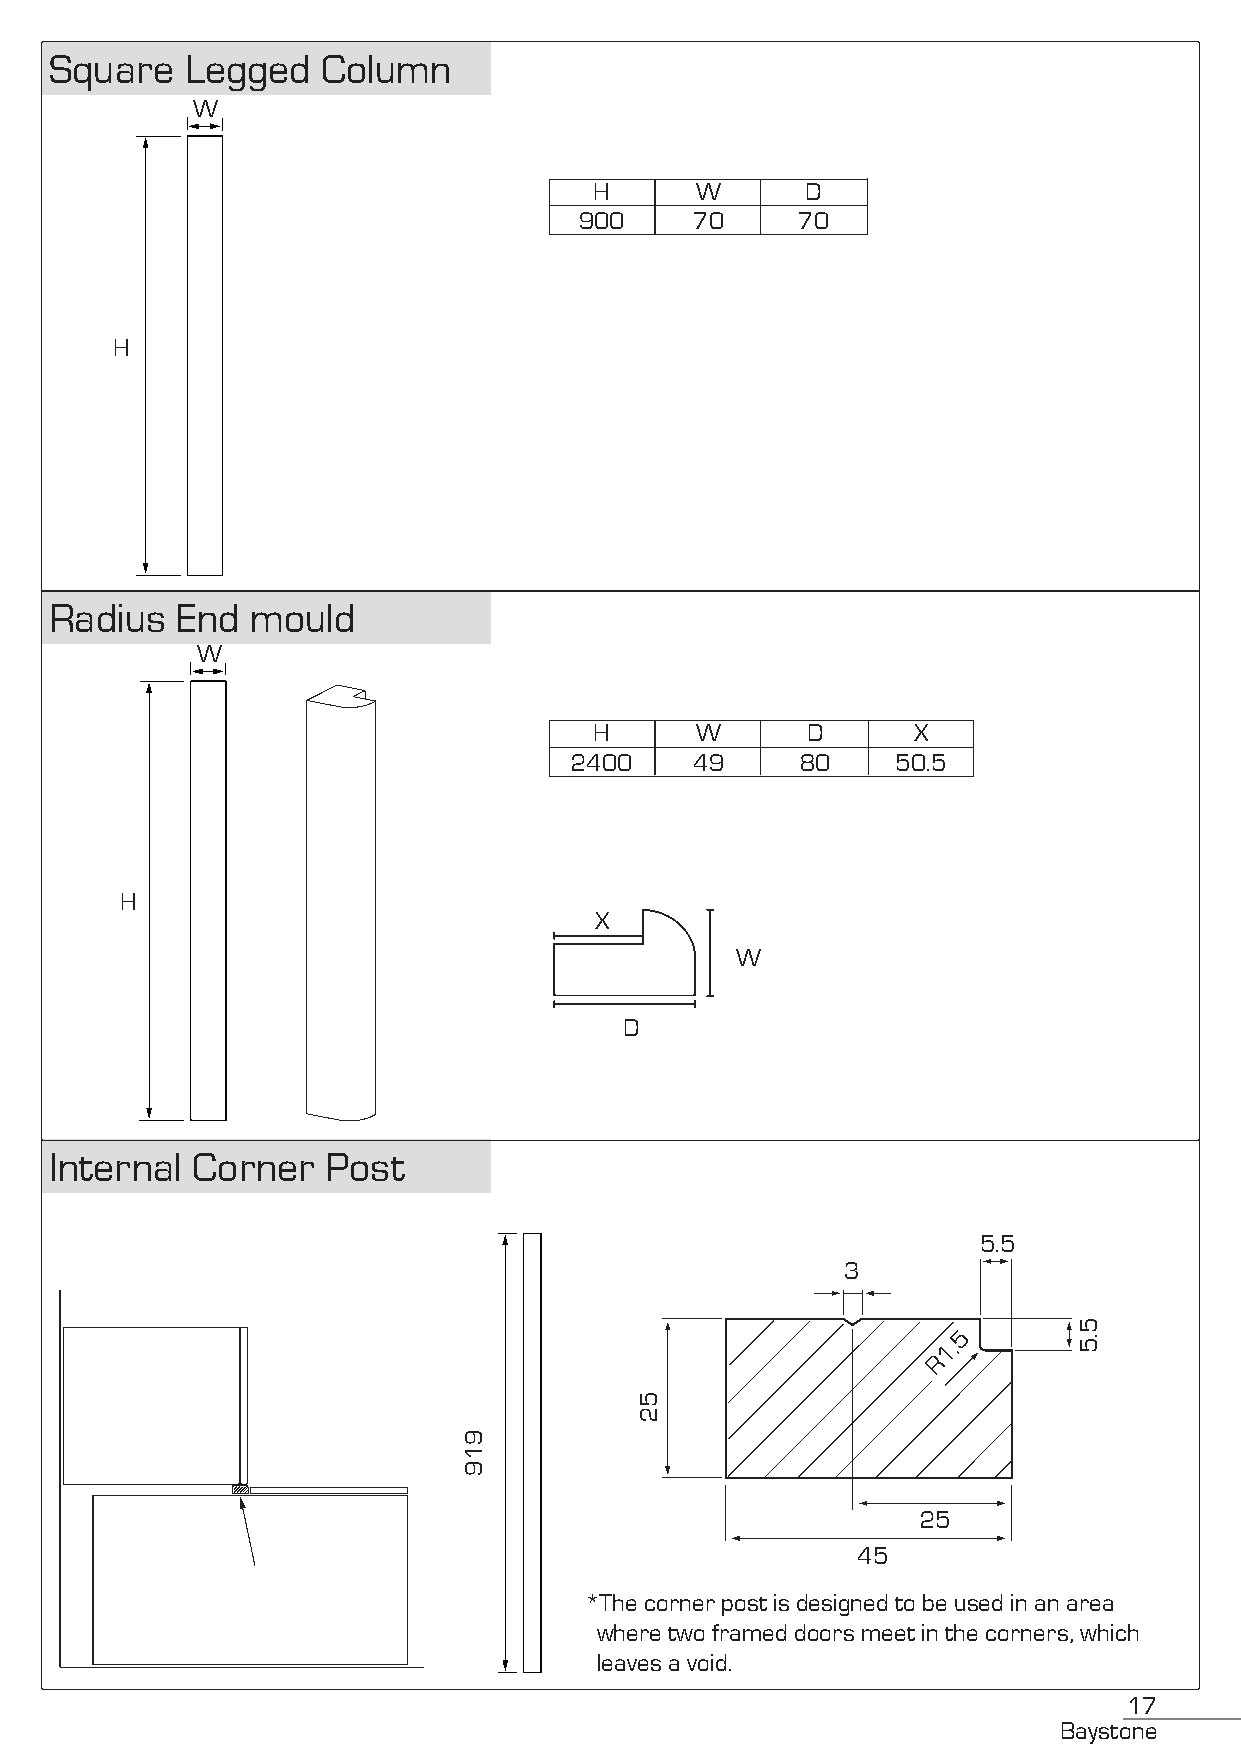
Square   Legged   Column
 W
 H      W      D
 900     70     70
 H
 Radius   End  mould
 W
 H      W      D      X
 2400    49     80    50.5
 H
 X
 W
 D
 Internal  Corner   Post
 5.5
 3
 5
 1.
 R
 25
 45
 *The corner post is designed to be used in an area
 where two framed doors meet in the corners, which
 leaves a void.
 17
 Baystone
 919
 52
 5.5